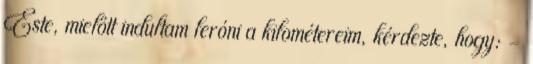
Este, mielőtt indultam leróni a kilométereim, kérdezte, hogy: -